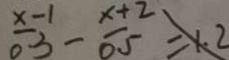
\frac { x - 1 } { 0 . 3 } - \frac { x + 2 } { 0 . 5 } = 1 . 2